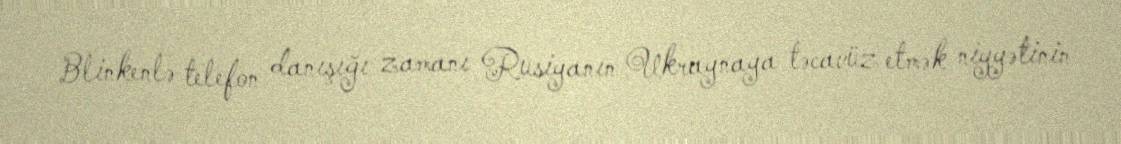
Blinkenlə telefon danışığı zamanı Rusiyanın Ukraynaya təcavüz etmək niyyətinin